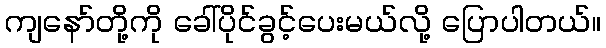
ကျနော်တို့ကို ခေါ်ပိုင်ခွင့်ပေးမယ်လို့ ပြောပါတယ်။